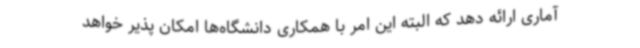
آماری ارائه دهد که البته این امر با همکاری دانشگاه‌ها امکان پذیر خواهد